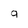
Character: 9